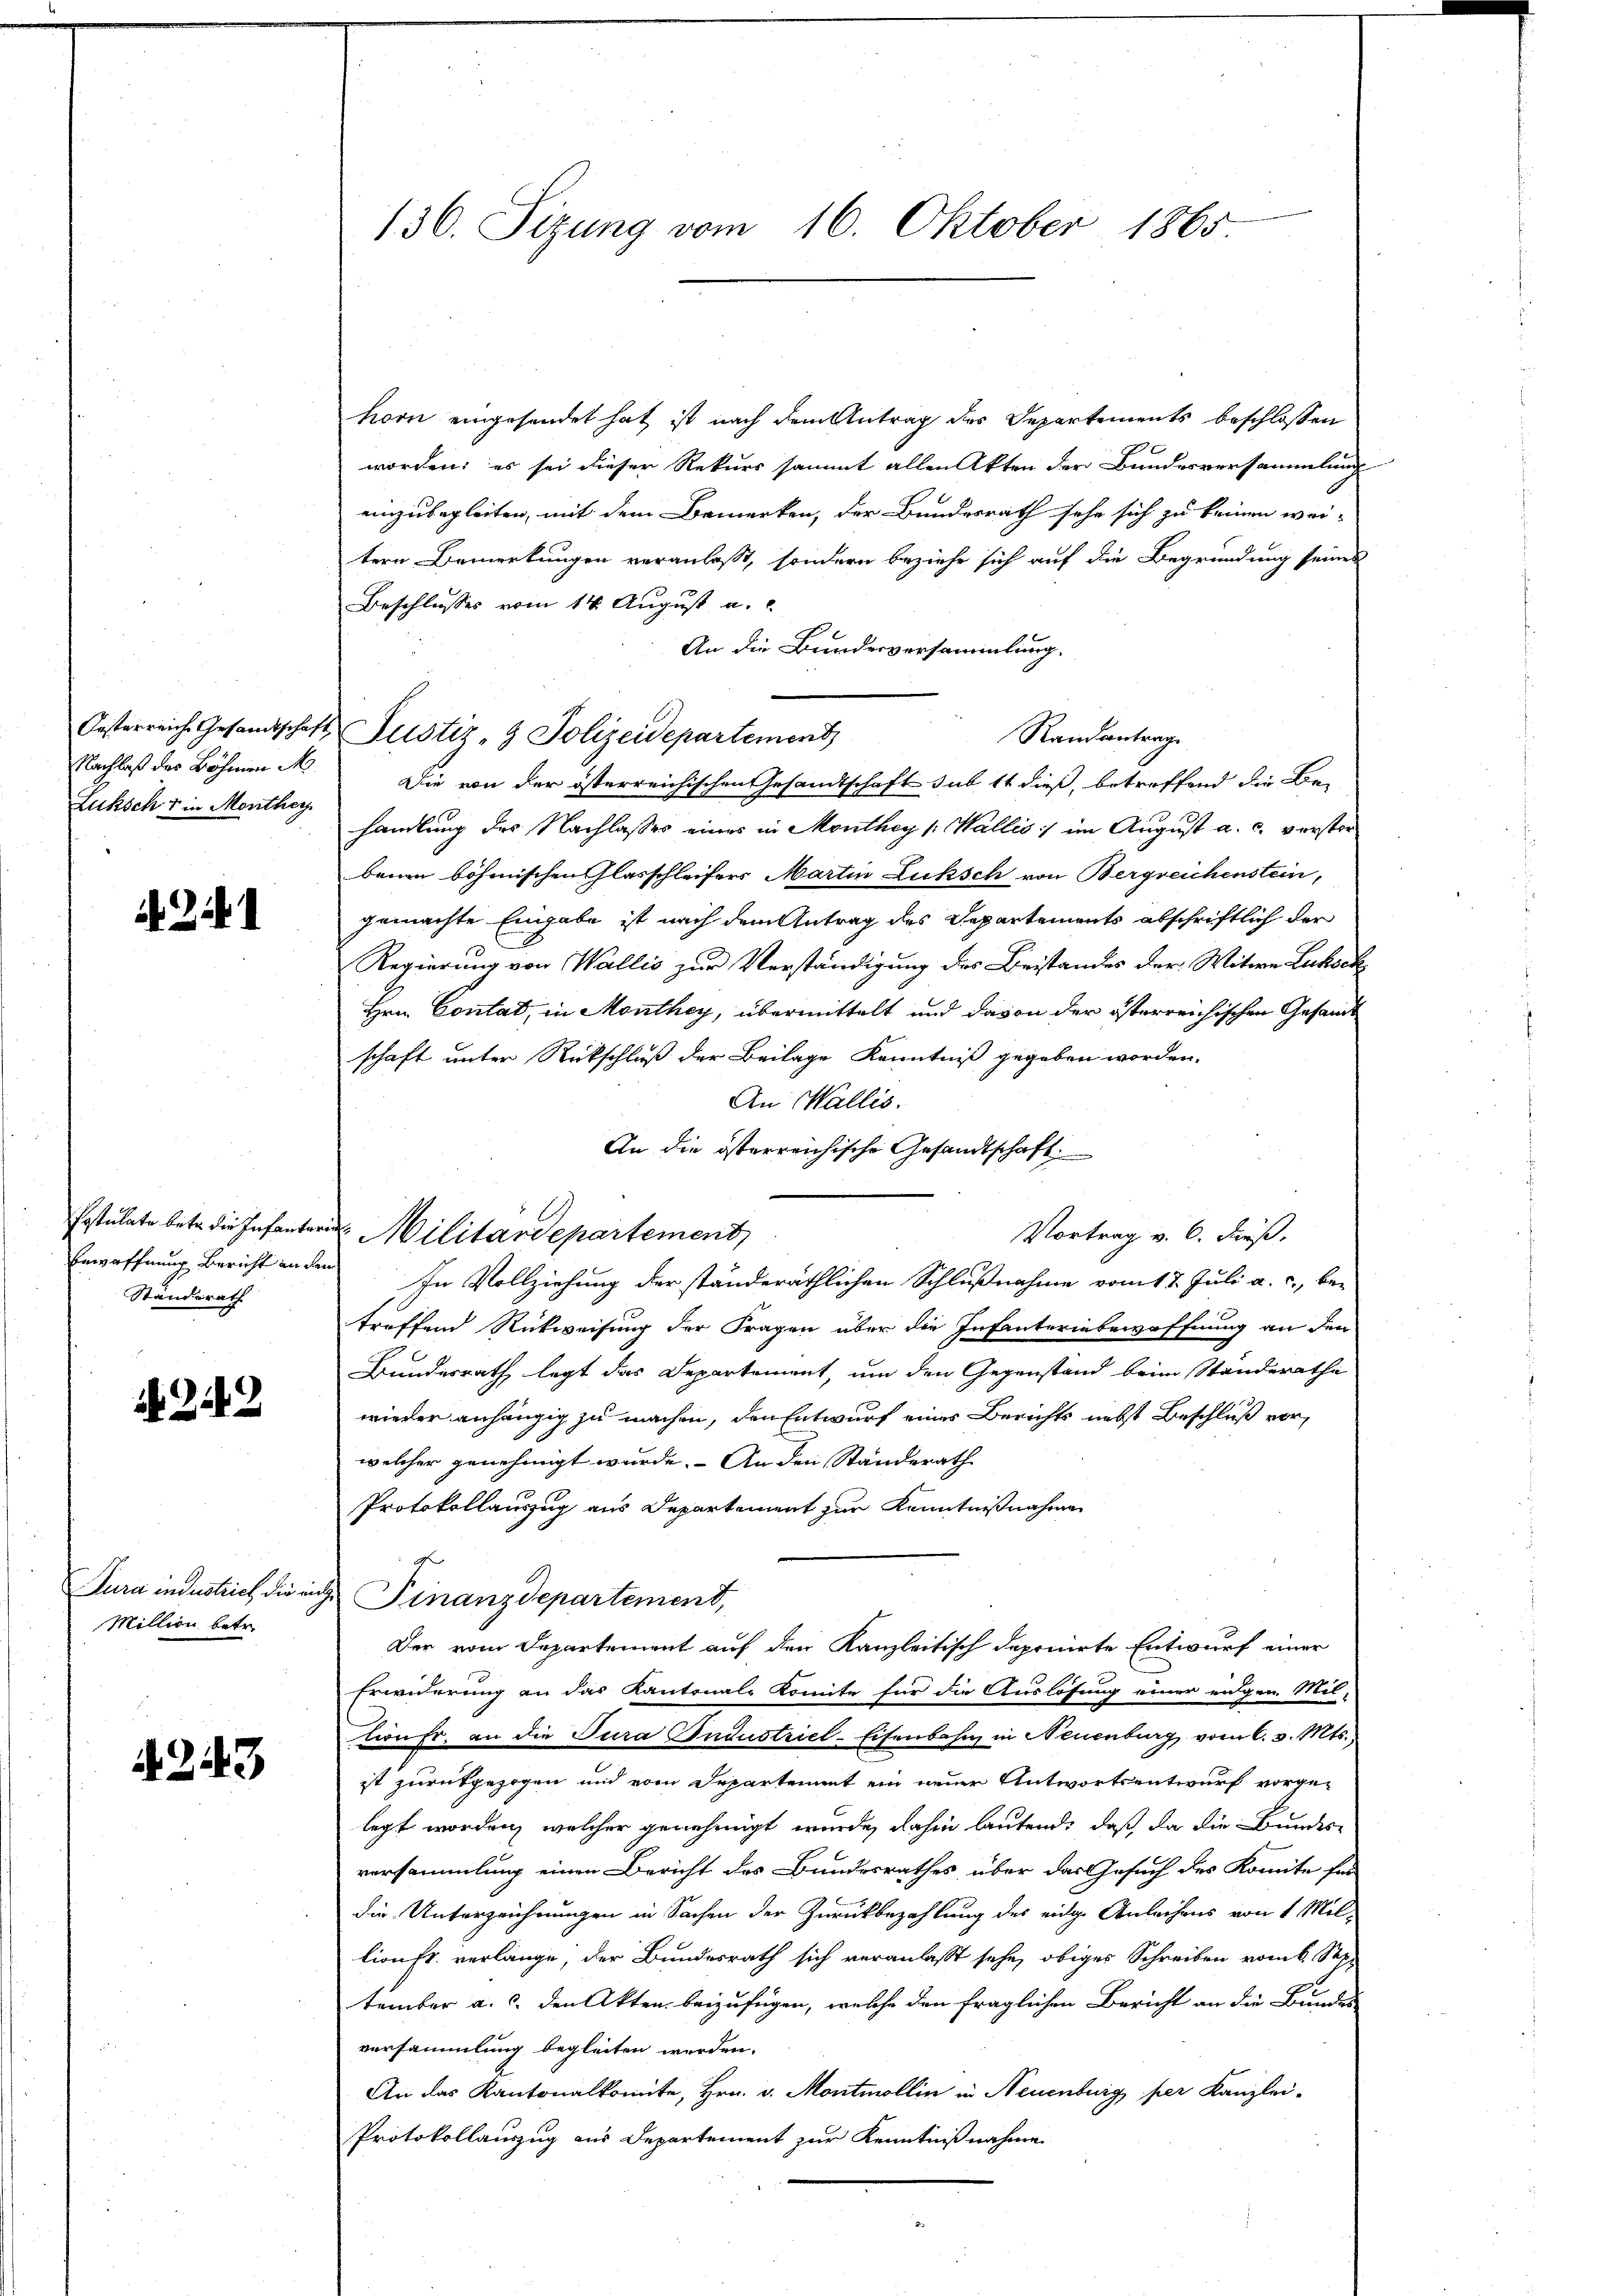
Nachlaß des Böhmen M
Luksch & in Monthey

Bewaffnung Bericht in dem
Standerath

242

Jura industrich die ein
Million betr.

4243

136. Sizung vom 16. Oktober 1865

horn eingesandet hat, ist nach dem Antrag des Departements beschlossen
worden; es sei dieser Rekurs sammt allen Akten der Bundesversammlung
einzubegleiten, mit dem Bemerken, der Bundesrath sehe sich zu keinen wei-
tern Bemerkungen veranlaßt, sondern beziehe sich auf die Begründung seines
Beschlusses vom 14. August a.
An die Bundesversammlung.
Randantrage
Die von der österreichischen Gesandtschaft sub 14 dieß, betreffend die Be-
handlung des Nachlasses eines in Monthey (Wallis) im August a. c. verster
bein böhmischen lasschleifers Martin Luksch von Bergreichenstein,
gemachte Eingabe ist nach dem Antrag des Departements abschriftlich der
Regierung von Wallis zur Verständigung des Beistandes der Witwe Lukoch
Hrn. Contat, in Monthey, übermittelt und davon der österreichischen Gesandt
schaft unter Rückschluß der Beilage Kenntniß gegeben worden.
An Wallis.
An die österreichische Gesandtschaft.
Vortrag v. 6. dieß.
In Vollziehung der ständeräthlichen Schlußnahme vom 18. Juli a. c., be-
treffend Rückweisung der Fragen über die Infanterinbewaffnung an den
Bundesrath legt das Departement, um den Gegenstand beim Standerathe
wieder anhängig zu machen, den Entwurf eines Berichts nebst Beschluß vorwelcher genehmigt wurde. An den Standerath
Protokollauszug aus Departement zur Kenntnißnahme
 Finanzdepartement,
Der vom Departement auf den Kanzleitisch deponirte Entwurf einer
Erwiderung an das Kantonale konnte für die Auslösung einer engen Miltion fr. an die Jura Industriel-Eisenbahn, in Neuenburg vom 6. v. Mts.,
ist zurückgezogen und vom Separtement ein neuer Antwortsentwurf vorge-
legt worden, welcher genehmigt wurde, dahin lautend, daß da die Bundes
versammlung einen Bericht des Bundesrathes, über das Gesuch des Komite für
die Unterzeichnungen in Sachen der Zurückbezahlung des eidge Anleihens von 1 Mil-
lionft verlange, der Bundesrath sich veranlasst sehe, obiges Schreiben vom 6. Sep.
tember a. c. den Akten beizufügen, welche den fraglichen Bericht an die Bundes-
versammlung begleiten werden.
An das Kantonalkomite, Hrn. v. Montmollin in Neuenburg per Kanzlei-
Protokollauszug aus Departement zur Kenntnißnahme

Oesterreich Gesandtschaft Justiz- & Polizeidepartement

Postulate betr. die Infanterie Militärdepartement